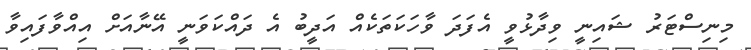
މިނިސްޓަރު ޝައިނީ ވިދާޅުވީ އެފަދަ ވާހަކަތަކެއް އަދީބު އެ ދައްކަވަނީ އޭނާއަށް އިއްވާފައިވާ